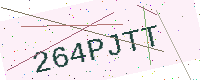
Text: 264PJTT